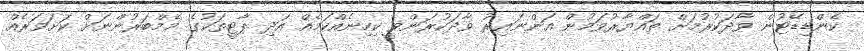
ކެންޑިޑޭޓުން ވާދަކުރުމަށް ތައްޔާރުވަމުން އަންނައިރު ވާދަކުރަންވީ ކިހިނެއްކަމެއް އަދި ޕާޓީތަކުގެ މެމްބަރުންނަށް ކަށަވަރެއް